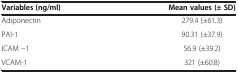
<table><thead><tr><td><b>Variables (ng/ml)</b></td><td><b>Mean values (±SD)</b></td></tr></thead><tbody><tr><td>Adiponectin</td><td>279.4 (±61.3)</td></tr><tr><td>PAI-1</td><td>90.31 (±37.9)</td></tr><tr><td>ICAM −1</td><td>56.9 (±39.2)</td></tr><tr><td>VCAM-1</td><td>321 (±60.8)</td></tr></tbody></table>